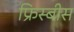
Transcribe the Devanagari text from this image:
फ्रिस्बीस